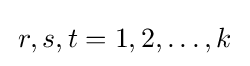
{\textstyle \,r,s,t=1,2,\ldots ,k\,}